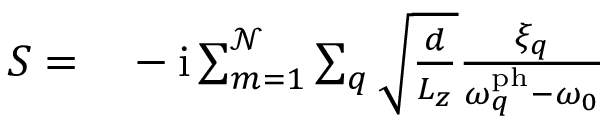
\begin{array} { r l } { S = } & { { } - \mathrm { i } \sum _ { m = 1 } ^ { \mathcal { N } } \sum _ { q } \sqrt { \frac { d } { L _ { z } } } \frac { \xi _ { q } } { \omega _ { q } ^ { \mathrm { p h } } - \omega _ { 0 } } } \end{array}